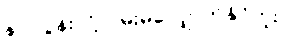
နာ လွန်းလို့လမ်းမလျှောက်နိုင်ဘူး။